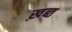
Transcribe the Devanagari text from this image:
ख़ब्त